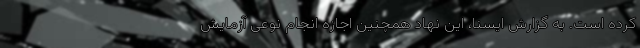
کرده است. به گزارش ایسنا، این نهاد همچنین اجازه انجام نوعی آزمایش